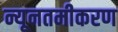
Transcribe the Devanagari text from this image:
न्यूनतमीकरण